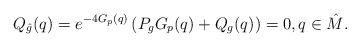
LaTeX: \begin{align*}Q_{\hat{g}}(q)=e^{-4G_p(q)}\left(P_gG_p(q) + Q_g(q)\right)=0, q\in\hat{M}.\end{align*}